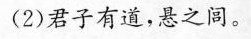
(2)君子有道，悬之间。